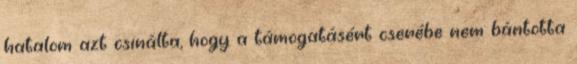
hatalom azt csinálta, hogy a támogatásért cserébe nem bántotta